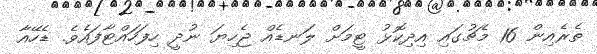
ތެރެއިން 16 މެޗުގައި އިދިކޮޅު ޓީމަށް ލަނޑެއް ޖެހިޔަ ނުދީ ހިފަހައްޓާފައެވެ. ޑެހޭއާ